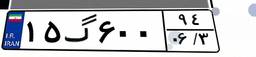
۴۵گ۰۳۷۱۲